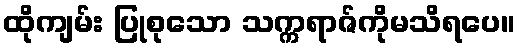
ထိုကျမ်း ပြုစုသော သက္ကရာဇ်ကိုမသိရပေ။